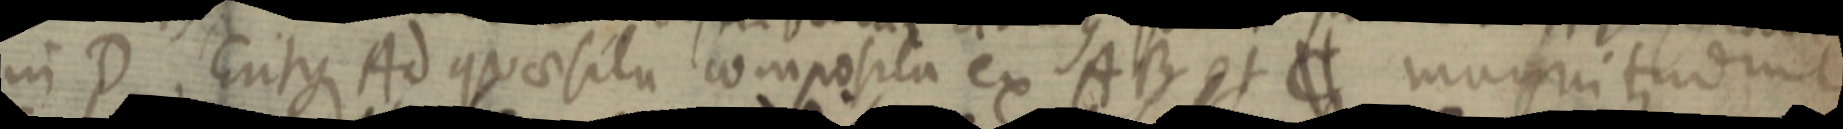
in D. Eritque Ad quaesita composita ex AB et C magnitudine